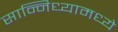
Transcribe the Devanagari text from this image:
सान्निध्यामध्ये